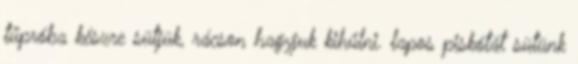
tűpróba készre sütjük, rácson hagyjuk kihűlni. lapos piskótát sütünk